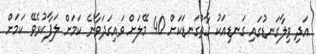
އަދި ވިލާގަނޑުގައި ގަނޑިއަކު ގާތްގަނޑަކަށް 40 މޭލަށް ވައިގަދަވާނެ ކަމަށް ލަފާކުރެވޭ ކަމަށް